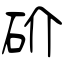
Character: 砎